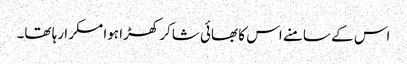
اس کے سامنے اس کا بھائی شاکر کھڑا ہوا مسکرا رہا تھا۔